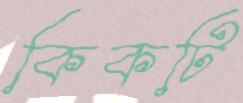
কিকটি